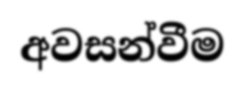
අවසන්වීම